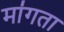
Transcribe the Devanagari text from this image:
मा॑गता